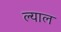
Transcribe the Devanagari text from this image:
ल्याल